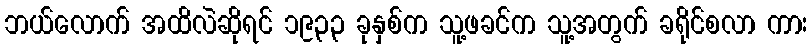
ဘယ်လောက် အထိလဲဆိုရင် ၁၉၃၃ ခုနှစ်က သူ့ဖခင်က သူ့အတွက် ခရိုင်စလာ ကား